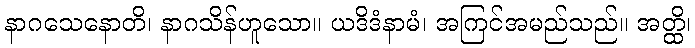
နာဂသေနောတိ၊ နာဂသိန်ဟူသော။ ယဒိဒံနာမံ၊ အကြင်အမည်သည်။ အတ္ထိ၊